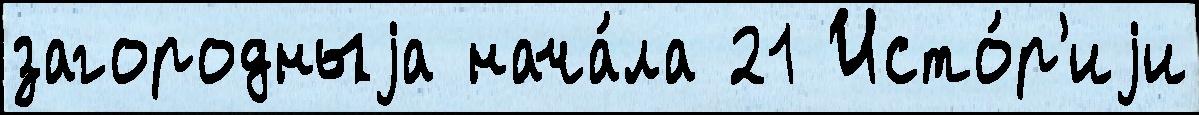
загородныjа нача́ла 21 Исто́р'иjи